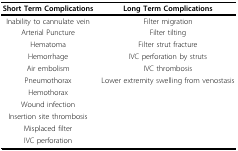
| Short Term Complications | Long Term Complications |
 | --- | --- |
 | Inability to cannulate vein | Filter migration |
 | Arterial Puncture | Filter tilting |
 | Hematoma | Filter strut fracture |
 | Hemorrhage | IVC perforation by struts |
 | Air embolism | IVC thrombosis |
 | Pneumothorax | Lower extremity swelling from venostasis |
 | Hemothorax |  |
 | Wound infection |  |
 | Insertion site thrombosis |  |
 | Misplaced filter |  |
 | IVC perforation |  |